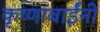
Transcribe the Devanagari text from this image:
कृष्णाबाईंनी